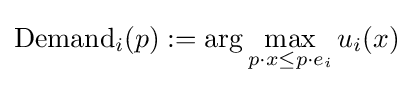
{\text{Demand}}_{i}(p):=\arg \max _{p\cdot x\leq p\cdot e_{i}}u_{i}(x)